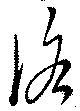
洛